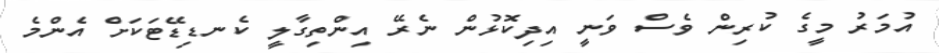
އުމަރު މީގެ ކުރިން ވެސް ވަނީ އިދިކޮޅުން ނެރޭ އިންތިގާލީ ކެނޑިޑޭޓަކަށް އެންމެ